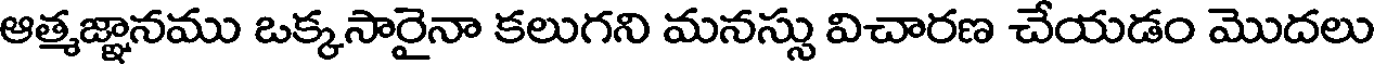
ఆత్మజ్ఞానము ఒక్కసారైనా కలుగని మనస్సు విచారణ చేయడం మొదలు